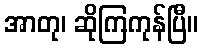
အာတု၊ ဆိုကြကုန်ပြီ။